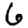
Digit: 6